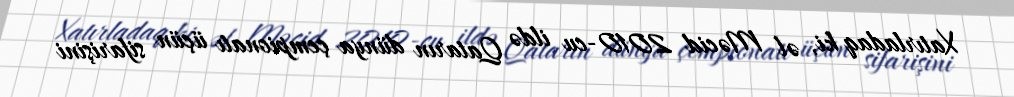
Xatırladaq ki, əl Məcid 2010-cu ildə Qatarın dünya çempionatı üçün sifarişini